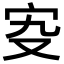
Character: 𡧌